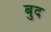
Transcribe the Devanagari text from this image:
बुद